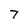
Character: 7